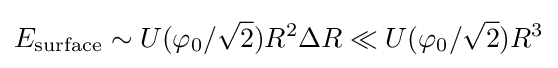
E_{\text{surface}}\sim U(\varphi _{0}/{\sqrt {2}})R^{2}\Delta R\ll U(\varphi _{0}/{\sqrt {2}})R^{3}